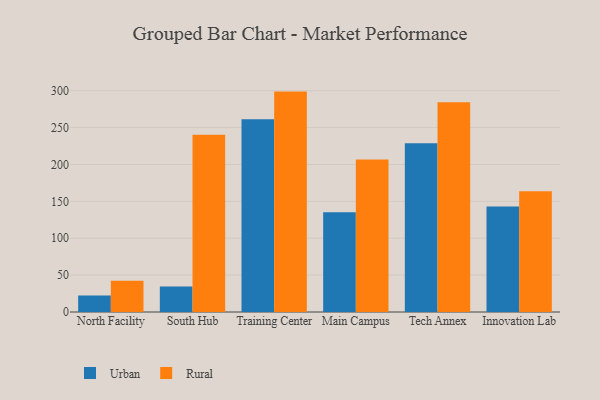
{"axis": {"x": "Campus", "y": "Population (Million)"}, "legend": ["Rural", "Urban"], "data": [{"x": "North Facility", "y": 22.5, "type": "Urban"}, {"x": "North Facility", "y": 42.2, "type": "Rural"}, {"x": "South Hub", "y": 34.5, "type": "Urban"}, {"x": "South Hub", "y": 240.4, "type": "Rural"}, {"x": "Training Center", "y": 261.4, "type": "Urban"}, {"x": "Training Center", "y": 298.8, "type": "Rural"}, {"x": "Main Campus", "y": 135.2, "type": "Urban"}, {"x": "Main Campus", "y": 206.7, "type": "Rural"}, {"x": "Tech Annex", "y": 228.8, "type": "Urban"}, {"x": "Tech Annex", "y": 284.5, "type": "Rural"}, {"x": "Innovation Lab", "y": 143.0, "type": "Urban"}, {"x": "Innovation Lab", "y": 163.6, "type": "Rural"}]}